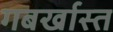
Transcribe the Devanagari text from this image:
गबर्खास्‍त